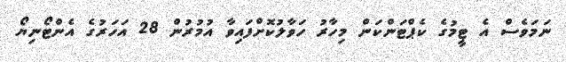
ނަމަވެސް އެ ޓީމުގެ ކެޕްޓަންކަން މިހާރު ހަވާލުކޮށްފައިވާ އުމުރުން 28 އަހަރުގެ އެންޓޯނިޔޯ